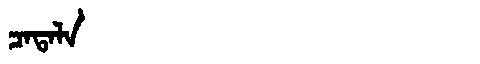
Manchu: ᠴᠠᡨᠠᠯᠠ
Romanization: CATALA